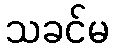
သခင်မ